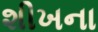
શીખના